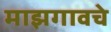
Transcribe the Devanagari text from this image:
माझगावचे